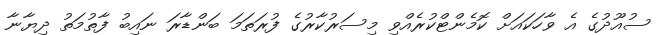
ސުއޫދުގެ އެ ވާހަކައަށް ކޮމެންޓްކުރެއްވި މިސަރުކާރުގެ ފުރަތަމަ ބަންޑާރަ ނައިބު ފާތުމަތު ދިޔާނާ